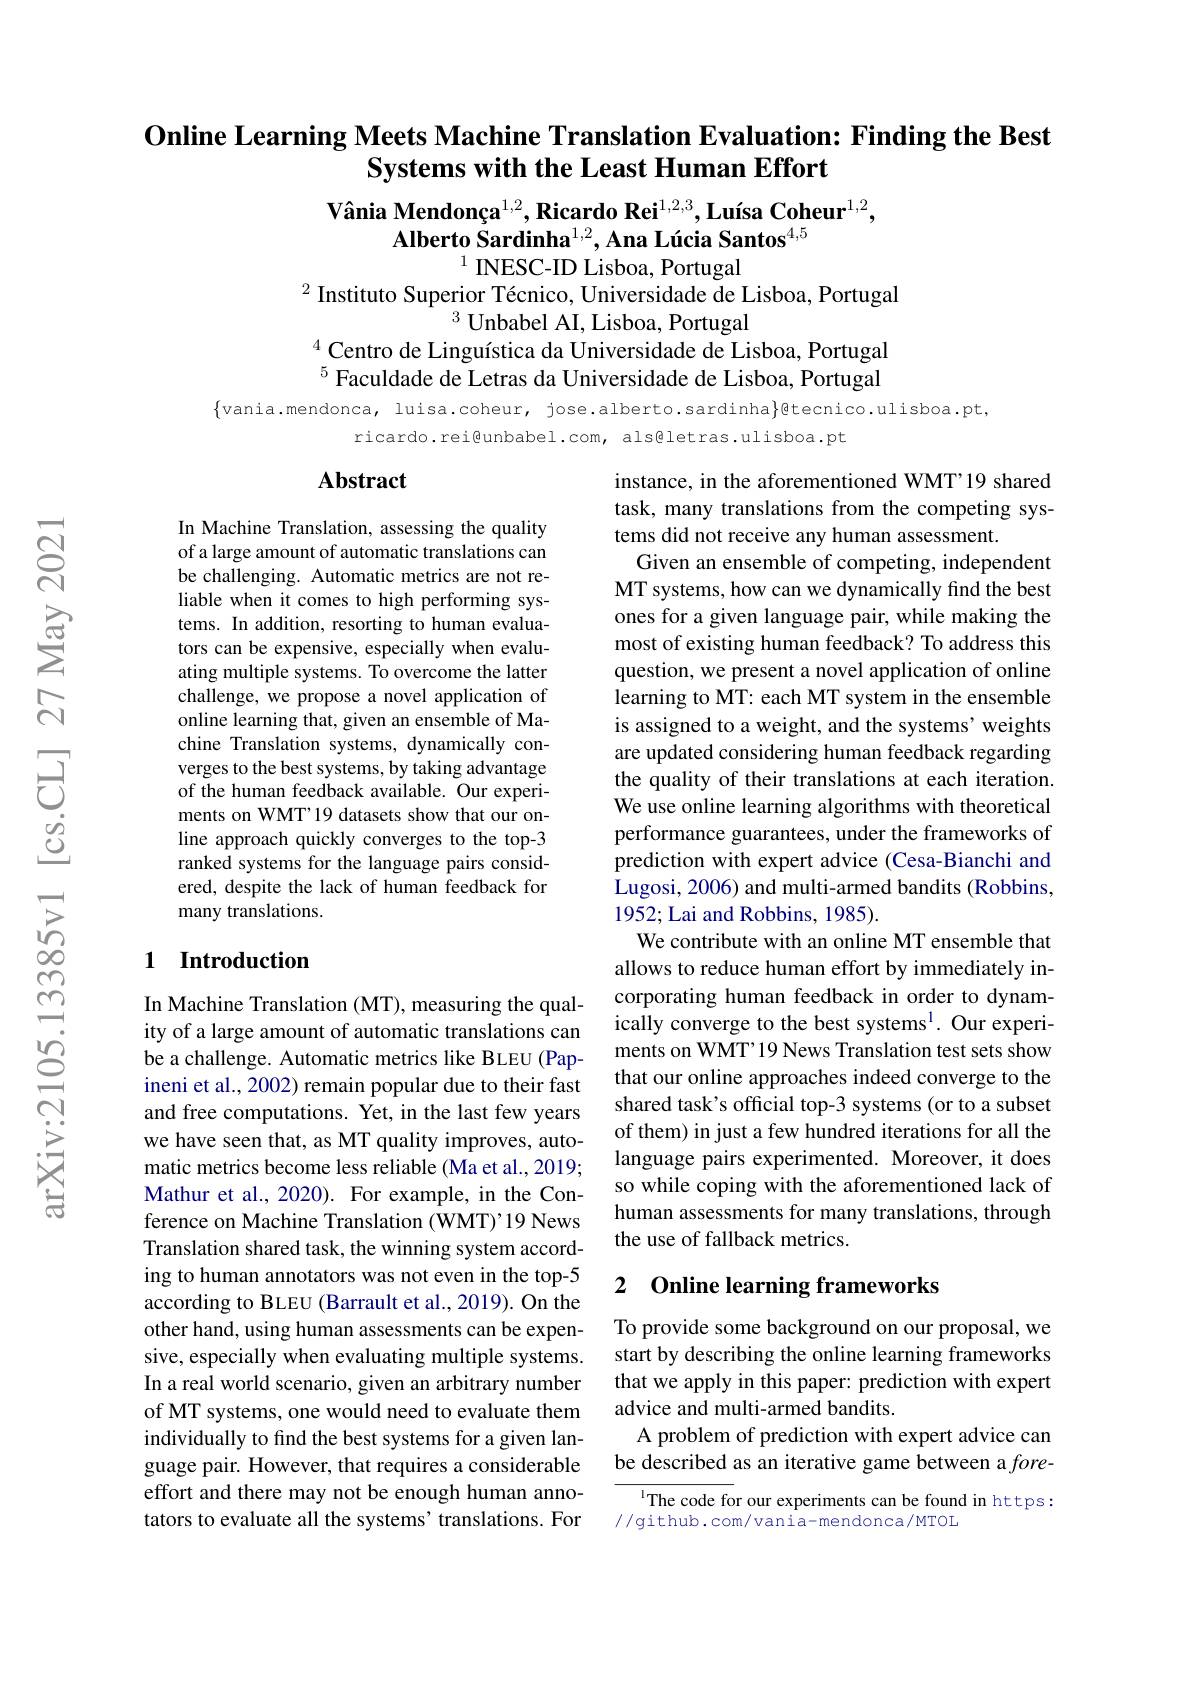
### Online Learning Meets Machine Translation Evaluation: Finding the Best Systems with the Least Human Effort

Vânia Mendonça$^{1,2},\textbf{Ricardo Rei}^{1,2,3},\textbf{Luísa Coheur}^{1,2}$,
$\text{Alberto Šardinha}^{1,2},\text{Ana Lúcia Santos}^{4,5}$
$^{1}$ INESC-ID Lisboa, Portugal

$^{2}$ Instituto Superior Técnico, Universidade de Lisboa, Portugal
$^{3}$ Unbabel AI, Lisboa, Portugal
$^{4}$ Centro de Linguística da Universidade de Lisboa, Portugal $^{5}$ Faculdade de Letras da Universidade de Lisboa, Portugal

$\{$vania.mendonca, luisa.coheur, jose.alberto.sardinha$\}$gtecnico.ulisboa.pt,
ricardo.rei@unbabel.com, alsêletras.ulisboa.pt

### Abstract

In Machine Translation, assessing the quality of a large amount of automatic translations can be challenging. Automatic metrics are not reliable when it comes to high performing systems. In addition, resorting to human evaluators can be expensive, especially when evaluating multiple systems. To overcome the latter challenge, we propose a novel application of online learning that, given an ensemble of Machine Translation systems, dynamically converges to the best systems, by taking advantage of the human feedback available. Our experiments on WMT'19 datasets show that our online approach quickly converges to the top-3 ranked systems for the language pairs considered, despite the lack of human feedback for many translations.

instance, in the aforementioned WMT'19 shared task, many translations from the competing systems did not receive any human assessment.
Given an ensemble of competing, independent MT systems, how can we dynamically find the best ones for a given language pair, while making the most of existing human feedback? To address this question, we present a novel application of online learning to MT: each MT system in the ensemble is assigned to a weight, and the systems' weights are updated considering human feedback regarding the quality of their translations at each iteration. We use online learning algorithms with theoretical performance guarantees, under the frameworks of prediction with expert advice (Cesa-Bianchi and Lugosi, 2006) and multi-armed bandits (Robbins, 1952; Lai and Robbins, 1985).
We contribute with an online MT ensemble that allows to reduce human effort by immediately incorporating human feedback in order to dynamically converge to the best systems$^{1}.$ Our experiments on WMT' 19 News Translation test sets show that our online approaches indeed converge to the shared task's official top-3 systems (or to a subset of them) in just a few hundred iterations for all the language pairs experimented. Moreover, it does so while coping with the aforementioned lack of human assessments for many translations, through the use of fallback metrics.

## 1 Introduction

In Machine Translation (MT), measuring the quality of a large amount of automatic translations can be a challenge. Automatic metrics like BLEU (Papineni et al., 2002) remain popular due to their fast and free computations. Yet, in the last few years we have seen that, as MT quality improves, automatic metrics become less reliable (Ma et al., 2019; Mathur et al., 2020). For example, in the Conference on Machine Translation (WMT)'19 News Translation shared task, the winning system according to human annotators was not even in the top-5 according to BLEU (Barrault et al., 2019). On the other hand, using human assessments can be expensive, especially when evaluating multiple systems. In a real world scenario, given an arbitrary number of MT systems, one would need to evaluate them individually to find the best systems for a given language pair. However, that requires a considerable effort and there may not be enough human annotators to evaluate all the systems' translations. For

### 2 Online learning frameworks

To provide some background on our proposal, we start by describing the online learning frameworks that we apply in this paper: prediction with expert advice and multi-armed bandits.
A problem of prediction with expert advice can be described as an iterative game between a fore-

${^{1}\text{The code for our experiments can be found in https:}}$
//github.com/vania-mendonca/MTOL